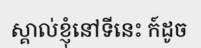
ស្គាល់ខ្ញុំនៅទីនេះ ក៍ដូច